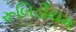
રૂબિડીયમ